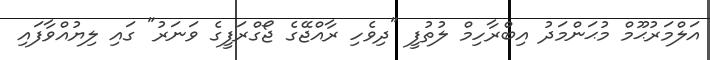
އަލްމަރުޙޫމް މުޙަންމަދު އިބްރާހިމް ލުތުފީ "ދިވެހި ރާއްޖޭގެ ޖޯގްރަފީގެ ވަނަރު" ގައި ލިޔުއްވާފައި